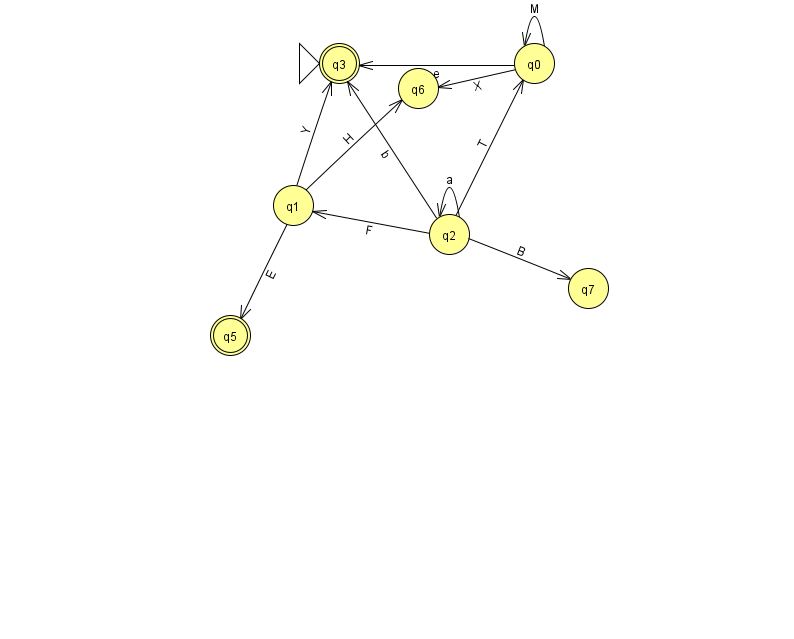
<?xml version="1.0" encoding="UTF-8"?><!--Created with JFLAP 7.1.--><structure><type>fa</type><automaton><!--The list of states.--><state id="0" name="q0"><x>534.0</x><y>50.0</y></state><state id="1" name="q1"><x>293.0</x><y>192.0</y></state><state id="2" name="q2"><x>449.0</x><y>221.0</y></state><state id="3" name="q3"><x>339.0</x><y>50.0</y><initial/><final/></state><state id="5" name="q5"><x>230.0</x><y>322.0</y><final/></state><state id="6" name="q6"><x>418.0</x><y>75.0</y></state><state id="7" name="q7"><x>588.0</x><y>275.0</y></state><!--The list of transitions.--><transition><from>2</from><to>2</to><read>a</read></transition><transition><from>2</from><to>3</to><read>b</read></transition><transition><from>1</from><to>3</to><read>Y</read></transition><transition><from>2</from><to>7</to><read>B</read></transition><transition><from>1</from><to>5</to><read>E</read></transition><transition><from>2</from><to>1</to><read>F</read></transition><transition><from>0</from><to>0</to><read>M</read></transition><transition><from>0</from><to>6</to><read>X</read></transition><transition><from>1</from><to>6</to><read>H</read></transition><transition><from>2</from><to>0</to><read>T</read></transition><transition><from>0</from><to>3</to><read>e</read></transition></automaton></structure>